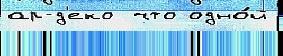
ар-д'еко  что одно́й